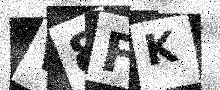
Text: V8FK